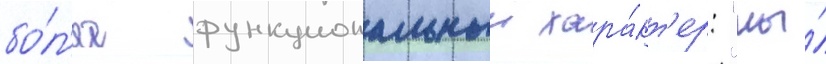
бо́л'ее функциональныи хара́кт'ер: "мы́